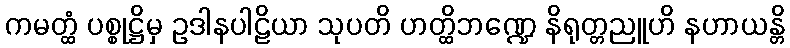
ကမတ္ထံ ပစ္စုဋ္ဌိမှ ဥဒါနပါဠိယာ သုပတိ ဟတ္ထိဘဏ္ဍေ နိရုတ္တညူဟိ နဟာယန္တိ